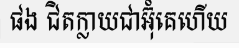
ផង ជិតក្លាយជាអ៊ុំគេហើយ